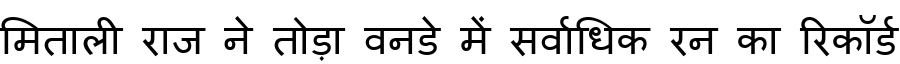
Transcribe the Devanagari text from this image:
मिताली राज ने तोड़ा वनडे में सर्वाधिक रन का रिकॉर्ड